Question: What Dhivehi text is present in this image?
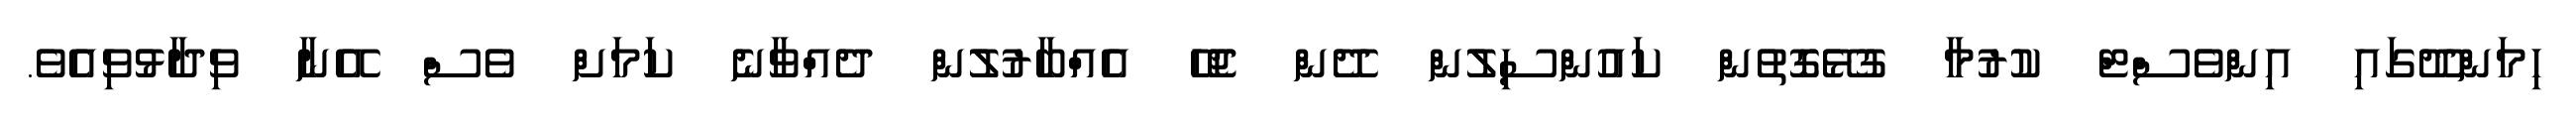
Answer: ހިމަންދޫގައި އިންވެސްޓް ކުރުމާ ގުޅޭގޮތުން ކައުންސިލުން ދޭން ޖެހޭ އެއްބާރުލުން ދެއްވާނެ ކަމަށް ވެސް އޭނާ ވިދާޅުވިއެވެ.